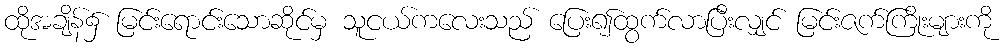
ထိုအချိန်၌ မြင်းရောင်းသောဆိုင်မှ သူငယ်ကလေးသည် ပြေး၍ထွက်လာပြီးလျှင် မြင်းဇက်ကြိုးများကို